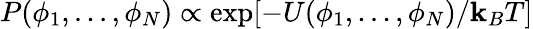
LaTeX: P(\phi_{1},...,\phi_{N})\propto\exp[-U(\phi_{1},...,\phi_{N})/\mathbf{k}_{B}T]